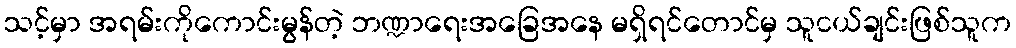
သင့်မှာ အရမ်းကိုကောင်းမွန်တဲ့ ဘဏ္ဍာရေးအခြေအနေ မရှိရင်တောင်မှ သူငယ်ချင်းဖြစ်သူက